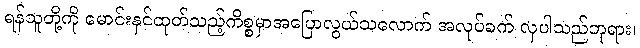
ရန်သူတို့ကို မောင်းနှင်ထုတ်သည့်ကိစ္စမှာအပြောလွယ်သလောက် အလုပ်ခက် လှပါသည်ဘုရား၊